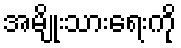
အမျိုးသားရေးကို